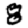
Digit: 8